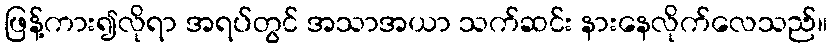
ဖြန့်ကား၍လိုရာ အရပ်တွင် အသာအယာ သက်ဆင်း နားနေလိုက်လေသည်။